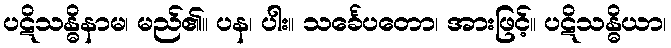
ပဋိသန္ဓိနာမ၊ မည်၏။ ပန၊ ပါး။ သင်္ခေပတော၊ အားဖြင့်။ ပဋိသန္ဓိယာ၊